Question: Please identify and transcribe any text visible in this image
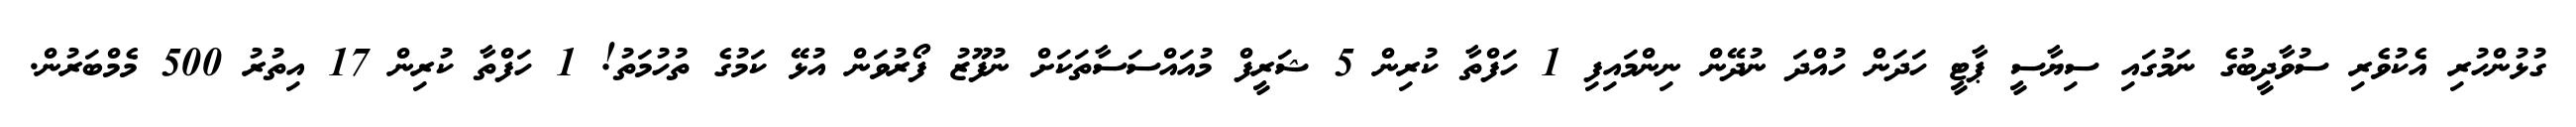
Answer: ގުޅުންހުރި އެކުވެރި ސުވާދީބުގެ ނަމުގައި ސިޔާސީ ޕާޓީ ހަދަން ހުއްދަ ނުދޭން ނިންމައިފި 1 ހަފްތާ ކުރިން 5 ޝަރީފް މުއައްސަސާތަކަށް ނުފޫޒު ފޯރުވަން އުޅޭ ކަމުގެ ތުހުމަތު! 1 ހަފްތާ ކުރިން 17 އިތުރު 500 މެމްބަރުން.